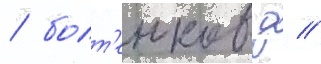
/ болт'енков д //